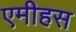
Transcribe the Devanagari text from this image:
एमीहस